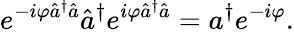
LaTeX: e^{-i\varphi\hat{a}^{\dagger}\hat{a}}\hat{a}^{\dagger}e^{i\varphi\hat{a}^{\dagger}\hat{a}}=a^{\dagger}e^{-i\varphi}.